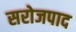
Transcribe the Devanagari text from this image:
सरोजपाद